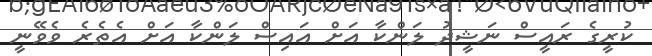
ކުރީގެ ރައީސް ނަޝީދު ލަންކާ އަށް އައިސް ލަންކާ އަށް އެތެރެ ވެވޭނީ